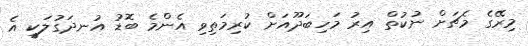
މިރޭގެ މެޗަށް ނުކުތް އިރު މަހިބަދޫއަށް ކުރިމަތިވި އެންމެ ބޮޑު އުނދަގުލަކީ އެ